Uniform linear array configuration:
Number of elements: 64
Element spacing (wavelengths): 0.75
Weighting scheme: uniform
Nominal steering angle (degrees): -30
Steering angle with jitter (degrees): -30.663
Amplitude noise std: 0.05
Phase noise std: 0.05

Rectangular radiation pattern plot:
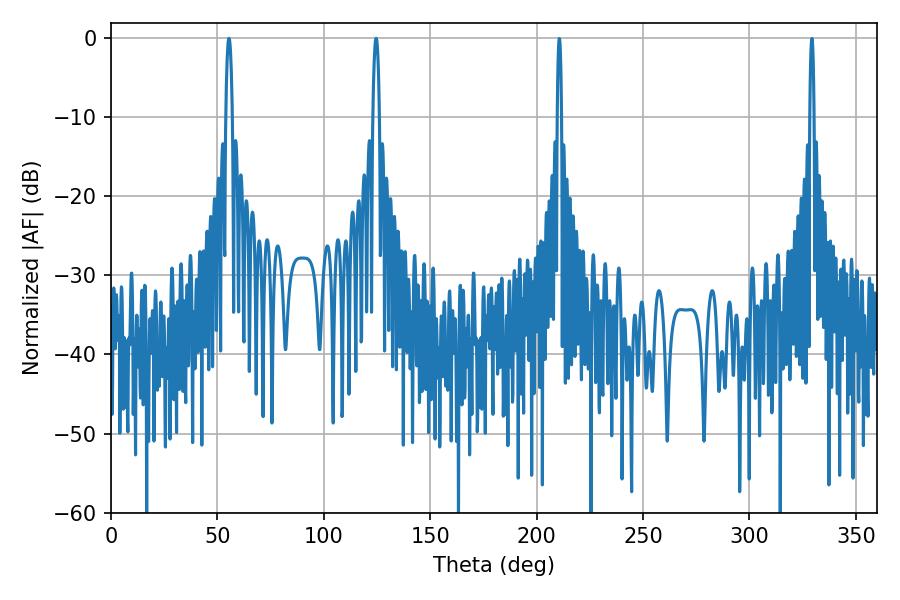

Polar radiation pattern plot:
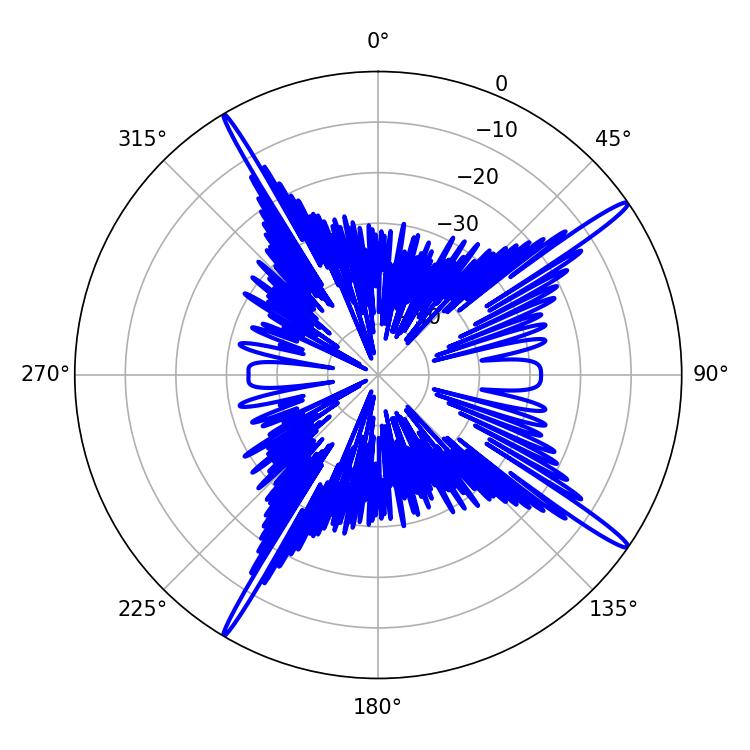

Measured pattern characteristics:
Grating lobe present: TRUE
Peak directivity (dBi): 17.468
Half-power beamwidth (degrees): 1.8
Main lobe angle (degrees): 124.56